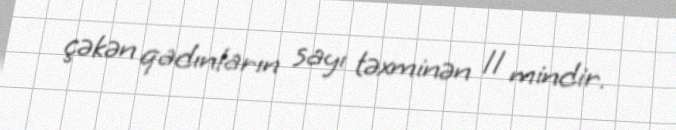
çəkən qadınların sayı təxminən 11 mindir.